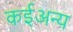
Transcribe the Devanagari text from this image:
कईअन्य